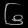
Digit: ၆